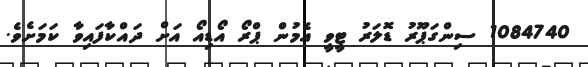
1084740 ސިންގަޕޫރު ޑޮލަރު ޓީވީ އެމުން ޕްރޯ އޯޑިއޯ އަށް ދައްކާފައިވާ ކަމަށެވެ.